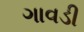
ગાવડી